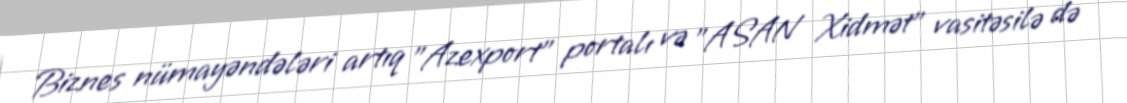
Biznes nümayəndələri artıq "Azexport" portalı və "ASAN Xidmət" vasitəsilə də